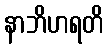
နာဘိဟရတိ